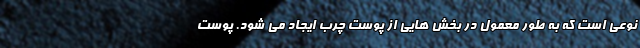
نوعی است که به طور معمول در بخش هایی از پوست چرب ایجاد می شود. پوست